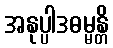
အနုပ္ပါဒဓမ္မန္တိ